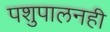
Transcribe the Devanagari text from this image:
पशुपालनही